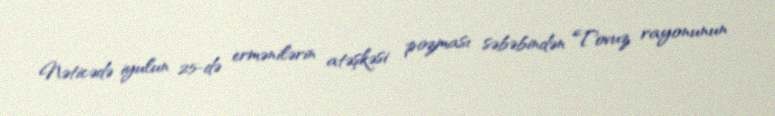
Nəticədə iyulun 25-də ermənilərin atəşkəsi pozması səbəbindən Tovuz rayonunun